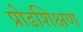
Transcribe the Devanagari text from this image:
प्रोढशिक्षण